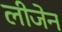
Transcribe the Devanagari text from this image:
लीजेन